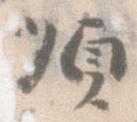
順